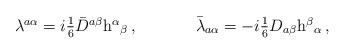
LaTeX: \begin{align*}\begin{array}{cc}\lambda^{a\alpha}=i\textstyle{\frac{1}{6}}\bar{D}^{a\beta}{\rm h}^{\alpha}{}_{\beta}\,,~~~~&~~~~\bar{\lambda}_{a\alpha}=-i\textstyle{\frac{1}{6}}D_{a\beta}{\rm h}^{\beta}{}_{\alpha}\,,\end{array}\end{align*}